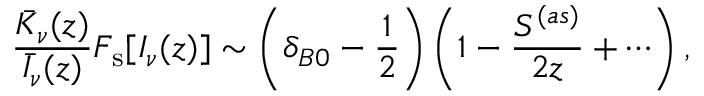
\frac { \bar { K } _ { \nu } ( z ) } { \bar { I } _ { \nu } ( z ) } F _ { \mathrm { s } } [ I _ { \nu } ( z ) ] \sim \left( \delta _ { B 0 } - \frac { 1 } { 2 } \right) \left( 1 - \frac { S ^ { ( a s ) } } { 2 z } + \cdots \right) ,